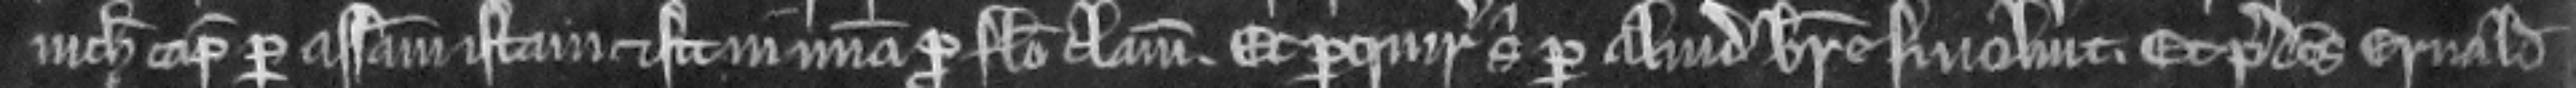
nichil capiat per assisam istam et sit in misericordia pro falso clamore. Et perquirat sibi per aliud breve si voluerit. Et predictus Ernaldus